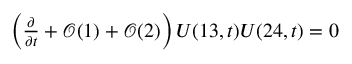
\begin{array} { r } { \left( \frac { \partial } { \partial t } + \mathcal { O } ( 1 ) + \mathcal { O } ( 2 ) \right) U ( 1 3 , t ) U ( 2 4 , t ) = 0 } \end{array}